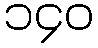
၁၄၀